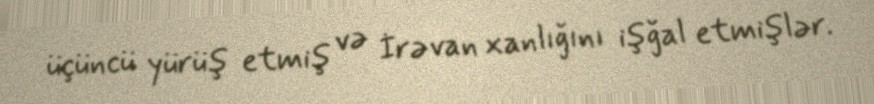
üçüncü yürüş etmiş və İrəvan xanlığını işğal etmişlər.